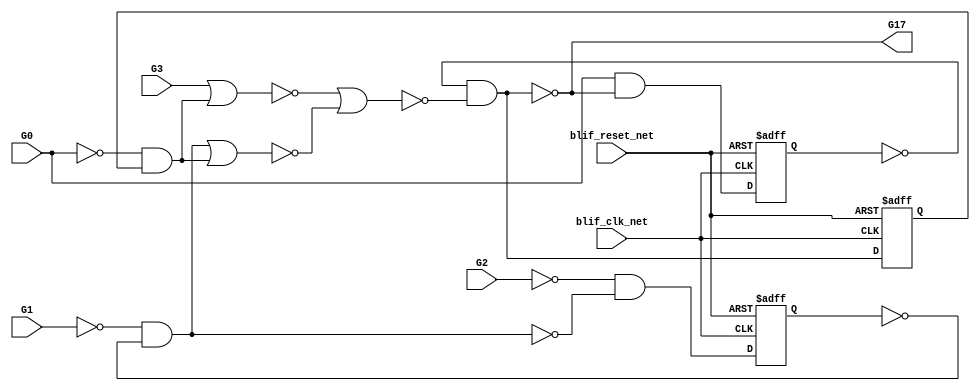
module s27_bench(
  blif_clk_net,
  blif_reset_net,
  G0,
  G1,
  G2,
  G3,
  G17);
input blif_clk_net;
input blif_reset_net;
input G0;
input G1;
input G2;
input G3;
output G17;
reg G5;
reg G6;
reg G7;
wire G8;
wire G11;
wire G9;
wire G16;
wire G14;
wire G13;
wire G12;
wire G15;
wire G10;
always @(posedge blif_clk_net or posedge blif_reset_net)
  if(blif_reset_net == 1)
    G5 <= 0;
  else
    G5 <= G10;
always @(posedge blif_clk_net or posedge blif_reset_net)
  if(blif_reset_net == 1)
    G6 <= 0;
  else
    G6 <= G11;
always @(posedge blif_clk_net or posedge blif_reset_net)
  if(blif_reset_net == 1)
    G7 <= 0;
  else
    G7 <= G13;
assign G14 = ((~G0));
assign G8 = (G14&G6);
assign G11 = ((~G5)&(~G9));
assign G17 = ((~G11));
assign G9 = ((~G16))|((~G15));
assign G13 = ((~G2)&(~G12));
assign G12 = ((~G1)&(~G7));
assign G15 = (G12)|(G8);
assign G10 = ((~G14)&(~G11));
assign G16 = (G3)|(G8);
endmodule